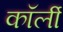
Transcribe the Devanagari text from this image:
कॉर्ली